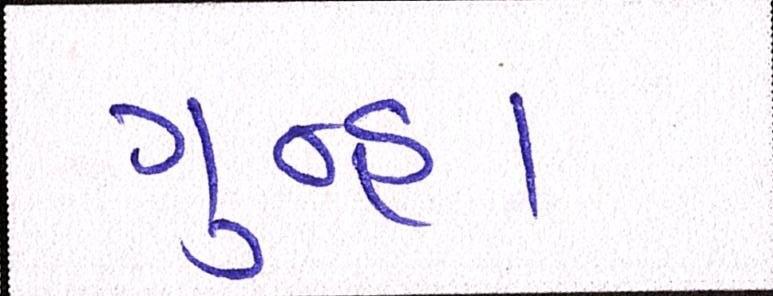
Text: ગુન્હા